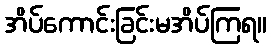
အိပ်ကောင်းခြင်းမအိပ်ကြရ။